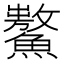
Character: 𩼡